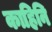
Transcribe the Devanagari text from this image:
काहिनि